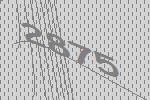
2875